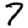
Digit: 7